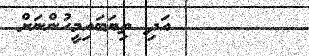
އަދި ތިޔަބައިމީހުންނަށް